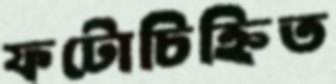
ফটোচিহ্নিত